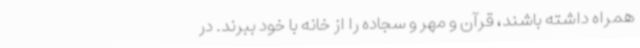
همراه داشته باشند، قرآن و مهر و سجاده را از خانه با خود ببرند. در